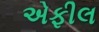
એફીલ